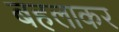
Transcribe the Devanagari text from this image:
बहलाकर